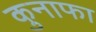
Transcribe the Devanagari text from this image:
कुनाफा